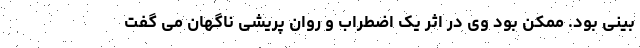
بینی بود. ممکن بود وی در اثر یک اضطراب و روان پریشی ناگهان می گفت